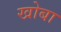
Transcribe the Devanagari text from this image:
खोबा